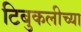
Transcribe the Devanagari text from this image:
टिबुकलीच्‍या